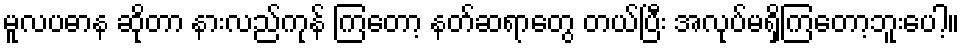
မူလပဓာန ဆိုတာ နားလည်ကုန် ကြတော့ နတ်ဆရာတွေ တယ်ပြီး အလုပ်မရှိကြတော့ဘူးပေါ့။